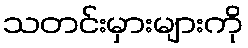
သတင်းမှားများကို